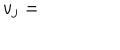
LaTeX: v _ { j } =